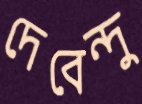
দেবেন্দু